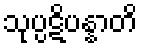
သုပ္ပဋိပန္နာတိ